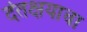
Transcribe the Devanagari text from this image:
दंतक्षयाचा